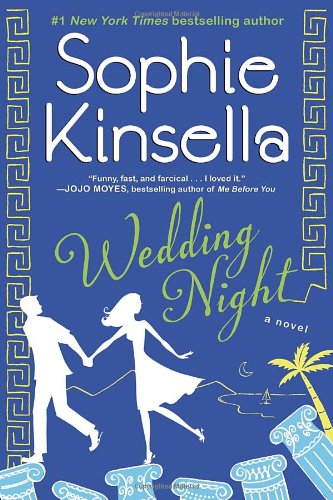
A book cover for Wedding Night: A Novel; Sophie Kinsella; Literature & Fiction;